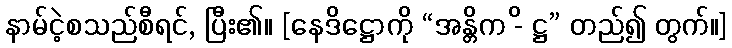
နာမ်ငဲ့စသည်စီရင်, ပြီး၏။ [နေဒိဋ္ဌောကို “အန္တိက -ိ ဋ္ဌ” တည်၍ တွက်။]